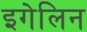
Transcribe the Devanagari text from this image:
इगेलिन